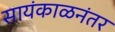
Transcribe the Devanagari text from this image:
सायंकाळनंतर